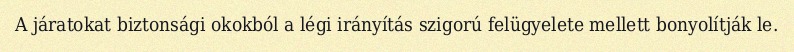
A járatokat biztonsági okokból a légi irányítás szigorú felügyelete mellett bonyolítják le.